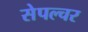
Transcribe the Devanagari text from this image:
सेपल्चर